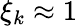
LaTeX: \xi_{k}\approx 1